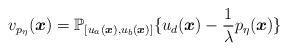
LaTeX: \begin{align*} v_{p_\eta}(\boldsymbol{x}) = \mathbb{P}_{[u_a(\boldsymbol{x}),u_b(\boldsymbol{x})]} \{u_d(\boldsymbol{x}) - \frac{1}{\lambda} {p_\eta}(\boldsymbol{x}) \}\end{align*}